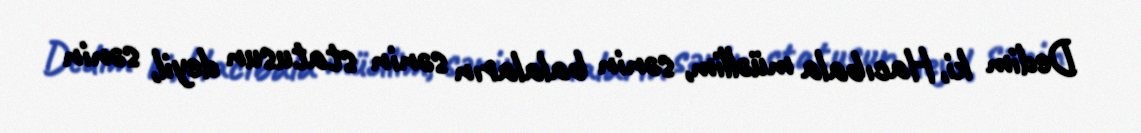
Dedim ki, Hacıbala müəllim, sənin balaların sənin statusun deyil, sənin